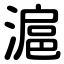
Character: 滬